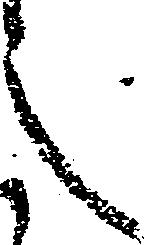
之